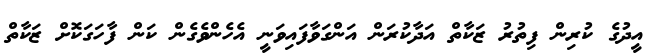
އީދުގެ ކުރިން ފިތުރު ޒަކާތް އަދާކުރަން އަންގަވާފައިވަނީ އެހެންވެގެން ކަން ފާހަގަކޮށް ޒަކާތް